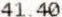
41.40